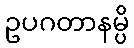
ဥပဂတာနမ္ပိ